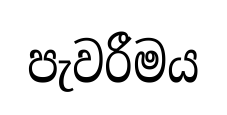
පැවරීමය